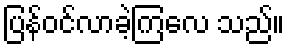
ပြန်ဝင်လာခဲ့ကြလေ သည်။